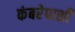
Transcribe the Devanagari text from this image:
कंबरेपाशी